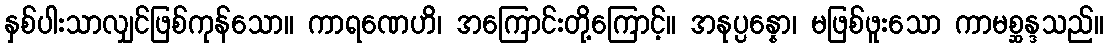
နှစ်ပါးသာလျှင်ဖြစ်ကုန်သော။ ကာရဏေဟိ၊ အကြောင်းတို့ကြောင့်။ အနုပ္ပန္နော၊ မဖြစ်ဖူးသော ကာမစ္ဆန္ဒသည်။